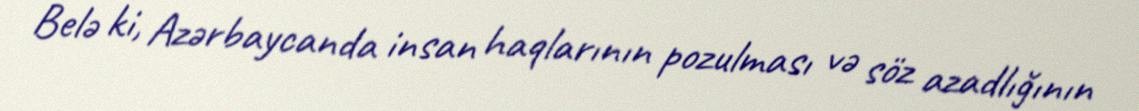
Belə ki, Azərbaycanda insan haqlarının pozulması və söz azadlığının